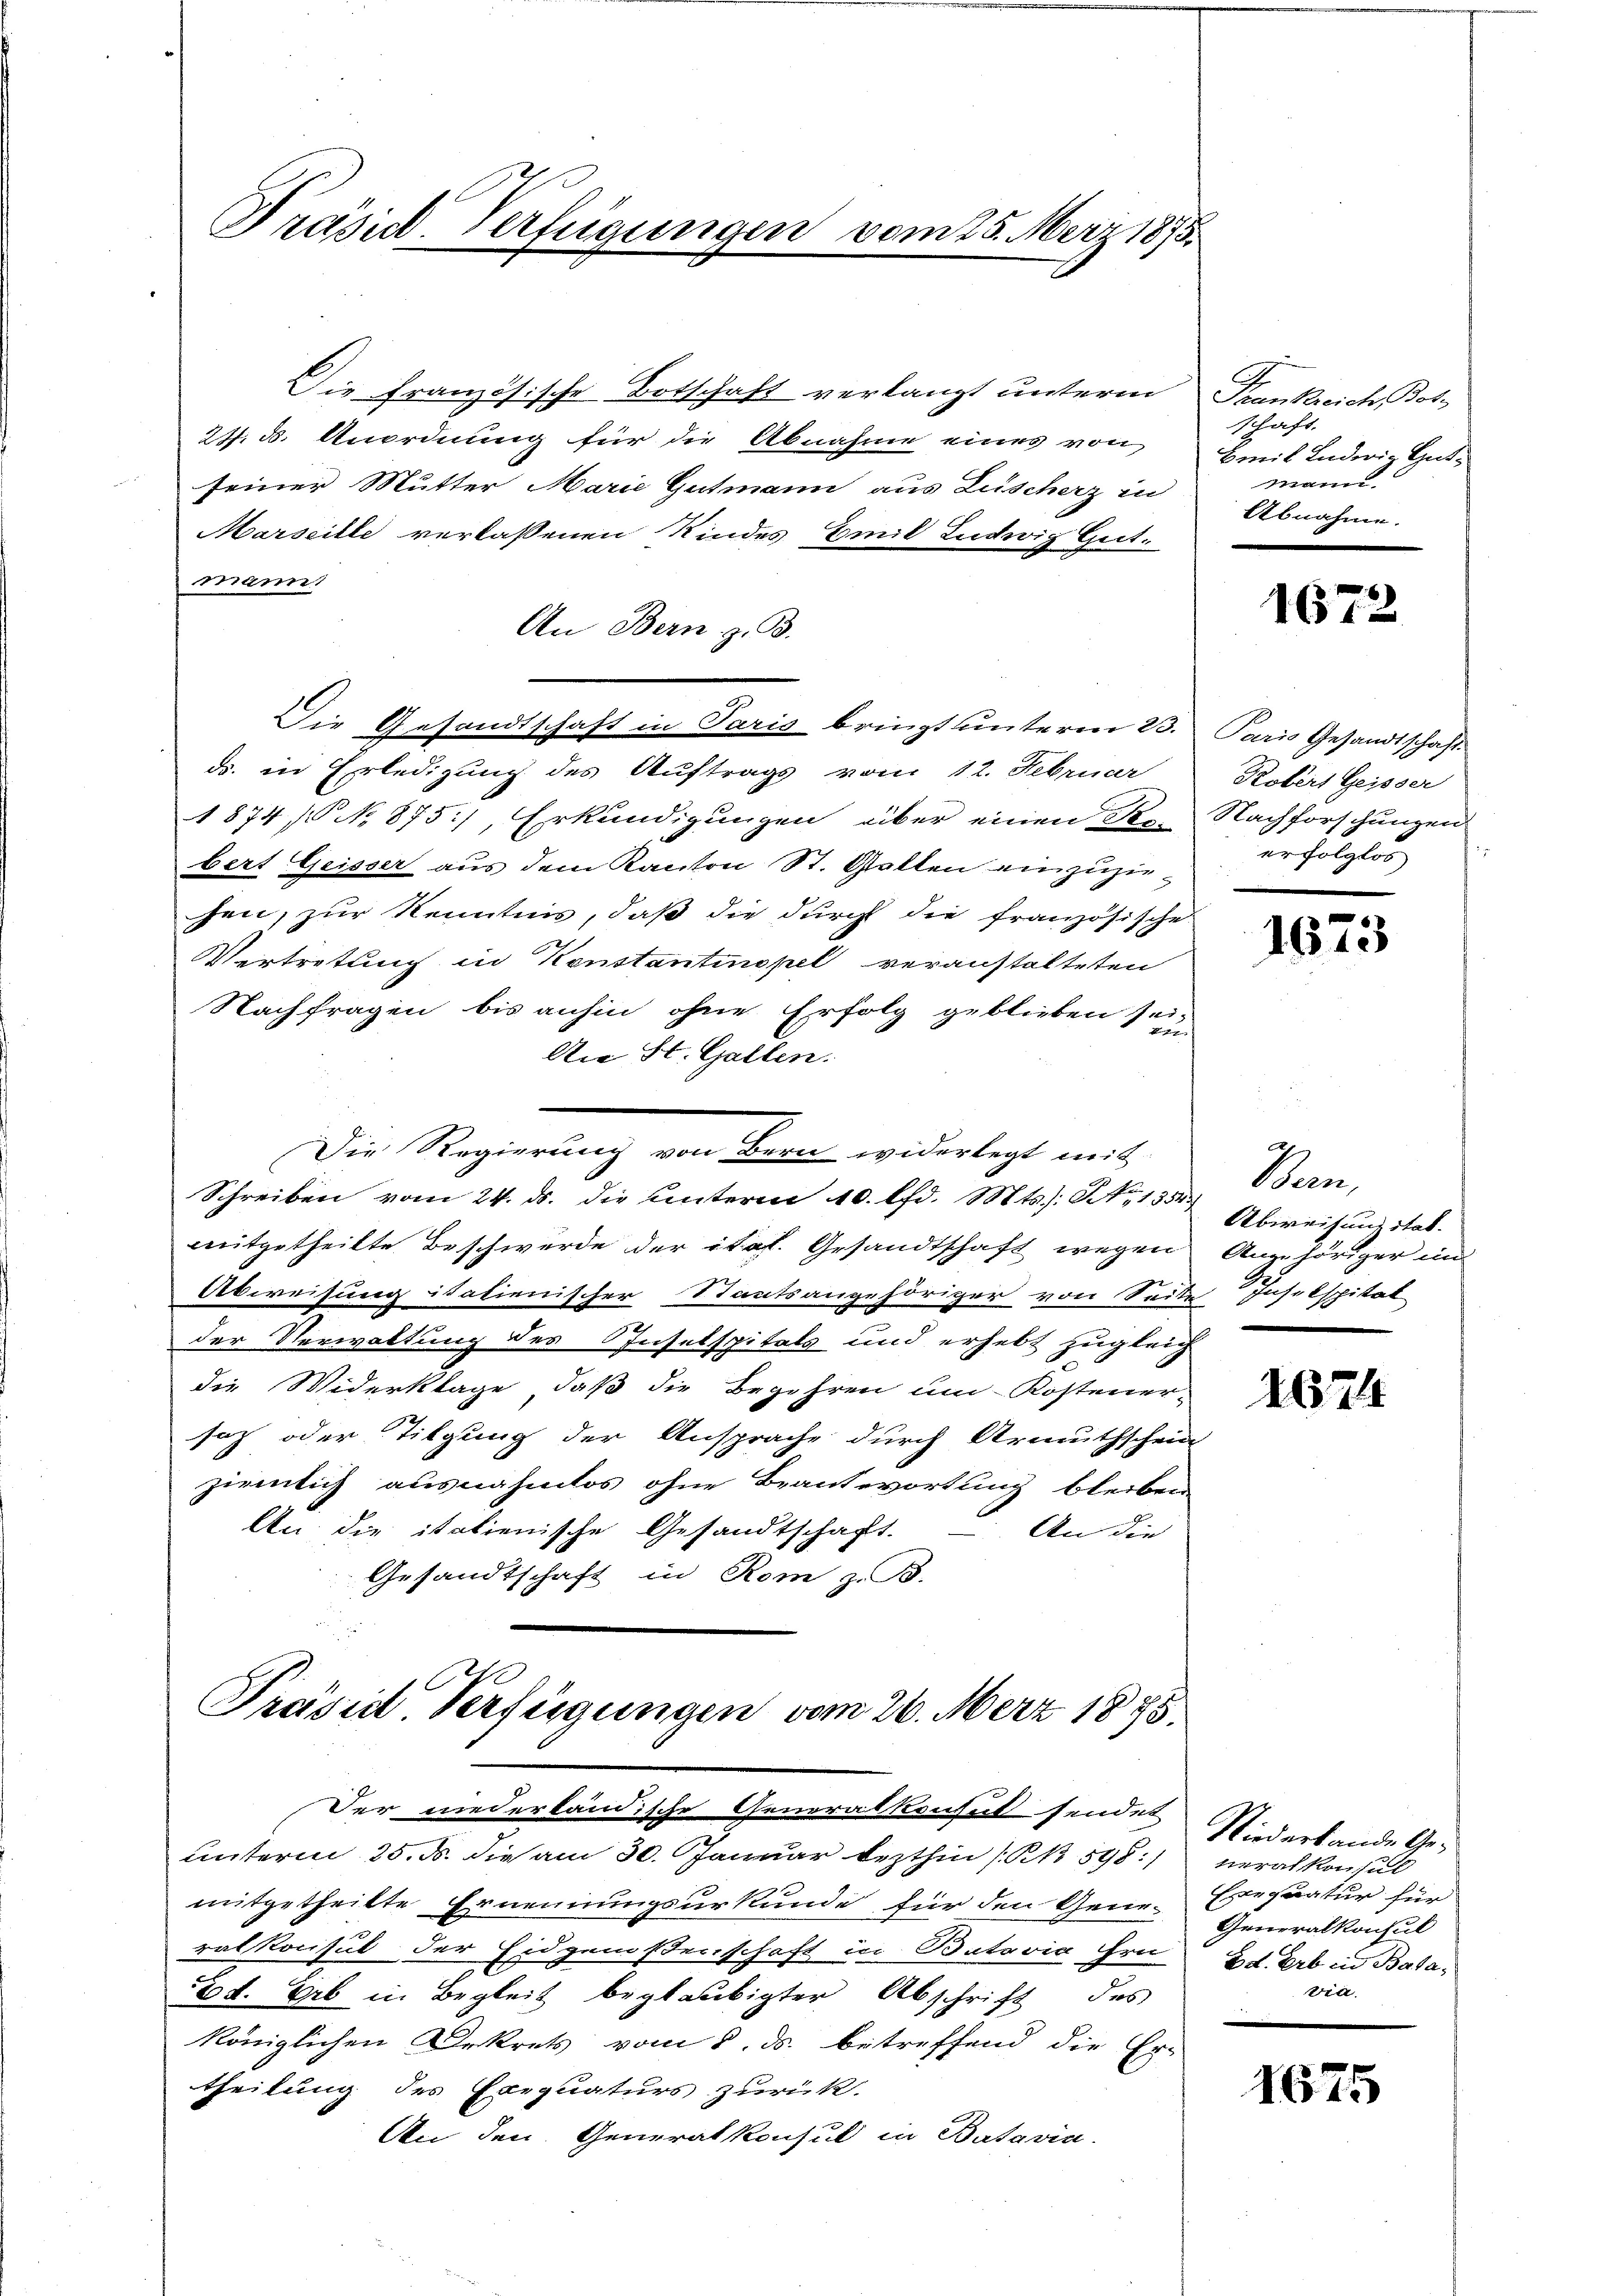
Präsid. Verfügungen vom 25. März 1875.

Die Französische Botschaft verlangt unterm
21. d. Anordnung für die Abnahme eines von
seiner Mutter Marie Gutmann aus Lüscherz in
Marseille verlassenen Kindes Emil Ludwig Gutann
An Bern, z. B.
Die Gesandtschaft in Paris bringt unterm 23. Paris Gesandtschaft
ds. in Erledigung des Auftrags vom 12. Februar
1874 / No 875), Erkundigungen über einen Re-Nachforschungen
bert Geisser aus dem Kanton St. Gallen einzuziehen, zur Kenntnis, daß die durch die französische
Vertretung in Konstantinopel veranstalteten
Nachfragen bis anhin ohne Erfolg geblieben sei,
An St. Gallen.
Die Regierung von Bern widerlegt mit
Schreiben vom 24. ds. die unterm 10. lfd. Mts.: No 1354.
mitgetheilte Beschwerde der ital. Gesandtschaft wegen
Abweisung italienischer Staatsangehöriger von Seite Inselspitat
der Verwaltung des Inselspitals und erhebt zugleich
die Widerklage, daß die Begehren um Kostener-
saz oder Tilgung der Ansprache durch Armuthschein
ziemlich ausnahmlos ohne Beantwortung bleiben
An die italienische Gesandtschaft. — An die
Gesandtschaft in Rom z. B.
Präsid Verfügungen vom 26. Merz 1875.

Der niederländische Generalkonsul sendet
unterm 25. ds. die am 30. Januar lezthin (RB 598.
mitgetheilte Ernennungsurkunde für den Generalkonsul der Eidgenoßenschaft in Butovia Ern
Ed. Erb in Begleit beglaubigter Abschrift des
königlichen Dekrets vom 5. ds. betreffend die Er-
theilung des Exequaturs zurück.
An den Generalkonsul in Batavia

Frankreich, Bot
schaft.
Hmit Lederig Gut¬
Mann
Abnahme.

1672

Robers Geisser
erfolglos

1673

Aren
Abweisung stab.
Angehöriger un
.

1674

Niederbande Geueralkonsul
Exequatur für
Generalkonsul
2d. Erb in Bata,
via

1675